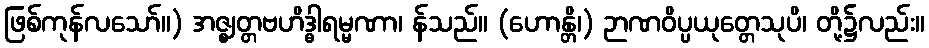
ဖြစ်ကုန်လသော်။) အဇ္ဈတ္တဗဟိဒ္ဓါရမ္မဏာ၊ န်သည်။ (ဟောန္တိ၊) ဉာဏဝိပ္ပယုတ္တေသုပိ၊ တို့၌လည်း။